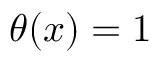
\theta ( x ) = 1